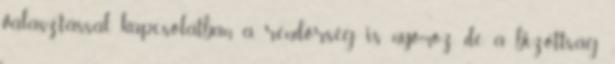
választással kapcsolatban a rendőrség is nyomoz, de a bizottság